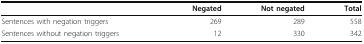
<table><thead><tr><td></td><td><b>Negated</b></td><td><b>Not negated</b></td><td><b>Total</b></td></tr></thead><tbody><tr><td>Sentences with negation triggers</td><td>269</td><td>289</td><td>558</td></tr><tr><td>Sentences without negation triggers</td><td>12</td><td>330</td><td>342</td></tr></tbody></table>